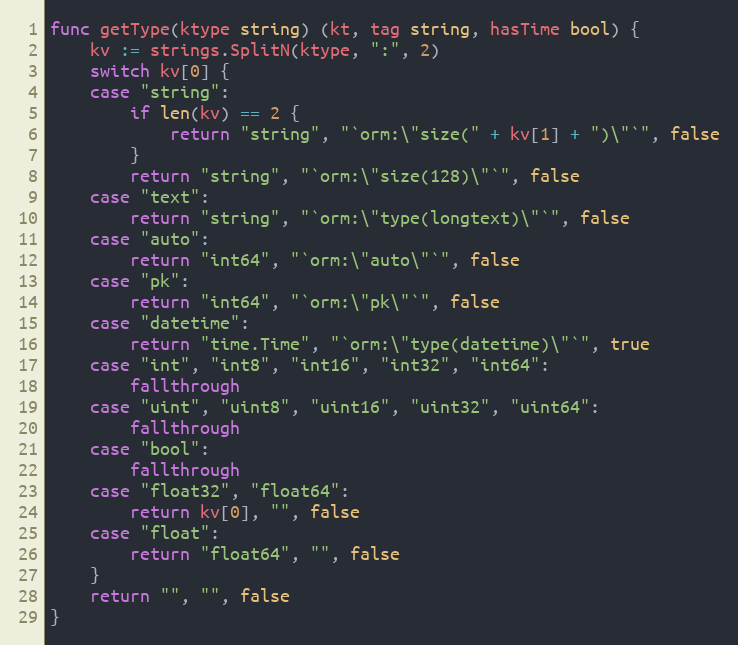
Language: Go
func getType(ktype string) (kt, tag string, hasTime bool) {
	kv := strings.SplitN(ktype, ":", 2)
	switch kv[0] {
	case "string":
		if len(kv) == 2 {
			return "string", "`orm:\"size(" + kv[1] + ")\"`", false
		}
		return "string", "`orm:\"size(128)\"`", false
	case "text":
		return "string", "`orm:\"type(longtext)\"`", false
	case "auto":
		return "int64", "`orm:\"auto\"`", false
	case "pk":
		return "int64", "`orm:\"pk\"`", false
	case "datetime":
		return "time.Time", "`orm:\"type(datetime)\"`", true
	case "int", "int8", "int16", "int32", "int64":
		fallthrough
	case "uint", "uint8", "uint16", "uint32", "uint64":
		fallthrough
	case "bool":
		fallthrough
	case "float32", "float64":
		return kv[0], "", false
	case "float":
		return "float64", "", false
	}
	return "", "", false
}